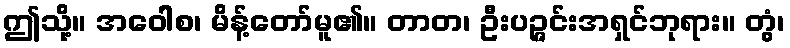
ဤသို့။ အဝေါစ၊ မိန့်တော်မူ၏။ တာတ၊ ဦးပဉ္ဇင်းအရှင်ဘုရား။ တွံ၊